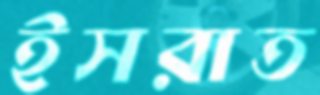
ইসরাত